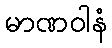
မာဏဝါနံ